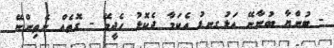
- ބުންޔާ ބުނާނޭ އަޅުގނޑު އެކަމާ ދެކޮޅު ހެދީމޭ - ގޮތެއް ނެތިންނޭ